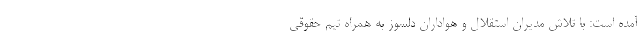
آمده است: با تلاش مدیران استقلال و هواداران دلسوز به همراه تیم حقوقی